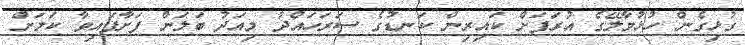
ގުޅިގެން ހުޅުމާލޭގެ އުރަފަށް ކައިރިން ކަނޑުގެ ސަރަހައްދު މިއަދު ބަލަން ފަށާފައިވާ ކަމަށް